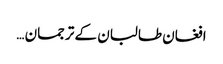
افغان طالبان کے ترجمان …